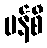
မန်စီ